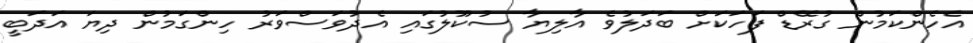
އެހެންކަމުން ގުރޭޑް ފަހަކަށް ބަދަލުވެ އާލިޔާ ސުކޫލުގައި އެދުވަސްވަރު ހިންގަމުން ދިޔަ އަދަބީ